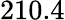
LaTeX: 210.4